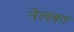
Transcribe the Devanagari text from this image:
नेखबत